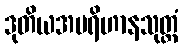
ဒုတိယအပရိဟာနသုတ္တံ